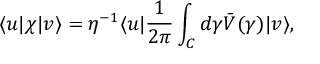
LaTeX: \langle u \vert \chi \vert v \rangle = \eta ^ { - 1 } \langle u \vert { \frac { 1 } { 2 \pi } } \int _ { C } d \gamma \bar { V } ( \gamma ) \vert v \rangle ,